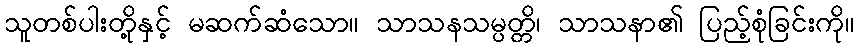
သူတစ်ပါးတို့နှင့် မဆက်ဆံသော။ သာသနသမ္ပတ္တိ၊ သာသနာ၏ ပြည့်စုံခြင်းကို။